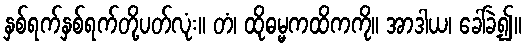
နှစ်ရက်နှစ်ရက်တို့ပတ်လုံး။ တံ၊ ထိုဓမ္မကထိကကို။ အာဒါယ၊ ခေါ်ခဲ့၍။